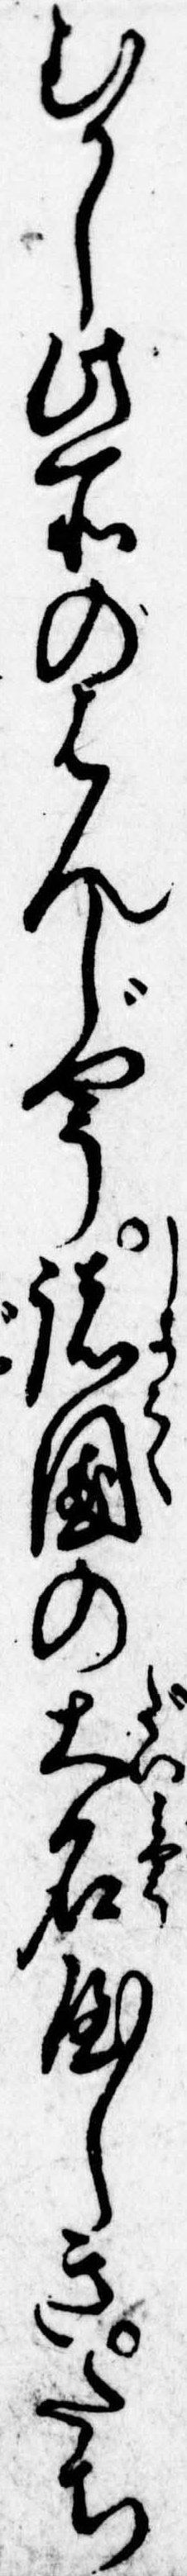
むかし此所のはんじやう諸国の大名屋しきたち